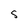
Character: S